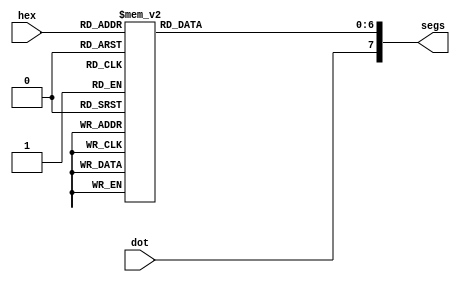

/*
Nexys4DDR display 7 segment LEDS that use commmon anode AN0..AN7 to multplex
its eight 7 segments LEDs display.
*/

module nexys4_7segLED (
    input [3:0] hex,     /* hex value to be displayed  */
    input dot,
    output reg [7:0] segs      /* leds segments a(msb)..g(lsb) and a dot */
    );  

    /* Both anode and segments (cathodes) are inverted to illuminate */

    always@(hex) begin
        case (hex)            /*  abc_defg */  
            4'h0: segs[6:0] = ~7'b111_1110;
            4'h1: segs[6:0] = ~7'b011_0000;
            4'h2: segs[6:0] = ~7'b110_1101;
            4'h3: segs[6:0] = ~7'b111_1001;
            4'h4: segs[6:0] = ~7'b011_0011;
            4'h5: segs[6:0] = ~7'b101_1011;
            4'h6: segs[6:0] = ~7'b101_1111;
            4'h7: segs[6:0] = ~7'b111_0000;
            4'h8: segs[6:0] = ~7'b111_1111;
            4'h9: segs[6:0] = ~7'b111_0011;
            4'ha: segs[6:0] = ~7'b111_0111;
            4'hb: segs[6:0] = ~7'b001_1111;
            4'hc: segs[6:0] = ~7'b100_1110;
            4'hd: segs[6:0] = ~7'b011_1101;
            4'he: segs[6:0] = ~7'b100_1111;
            default: segs[6:0] = ~7'b100_0111;
        endcase
        segs[7] = dot;
        end
endmodule